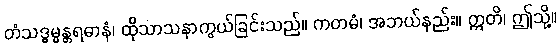
တံသဒ္ဓမ္မန္တရဓာနံ၊ ထိုသာသနာကွယ်ခြင်းသည်။ ကတမံ၊ အဘယ်နည်း။ ဣတိ၊ ဤသို့။